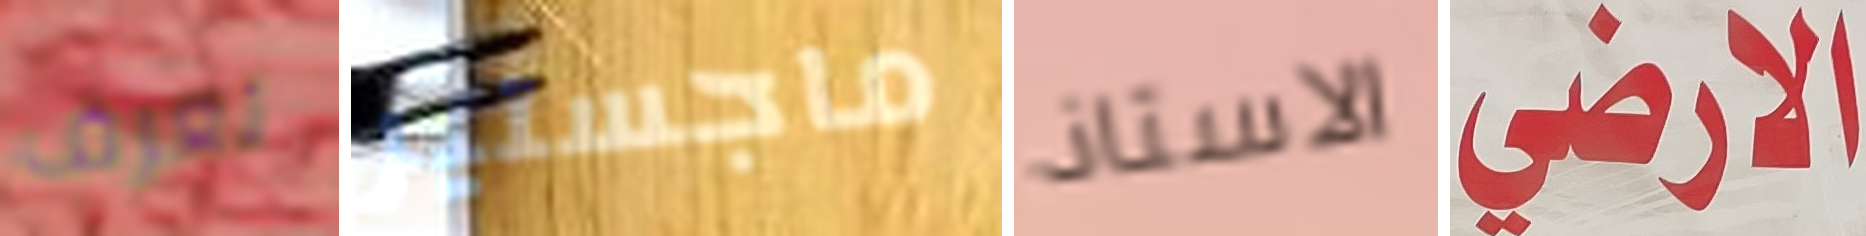
تعرف ماجستير الاستاذ الارضي